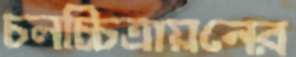
চলচ্চিত্রায়নের